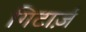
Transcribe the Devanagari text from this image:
गिटार्ज़